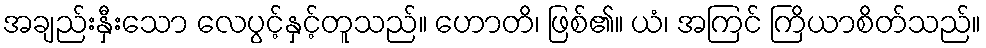
အချည်းနှီးသော လေပွင့်နှင့်တူသည်။ ဟောတိ၊ ဖြစ်၏။ ယံ၊ အကြင် ကြိယာစိတ်သည်။